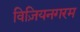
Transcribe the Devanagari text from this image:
विज़ियनगरम